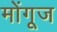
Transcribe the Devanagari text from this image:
मोंगूज